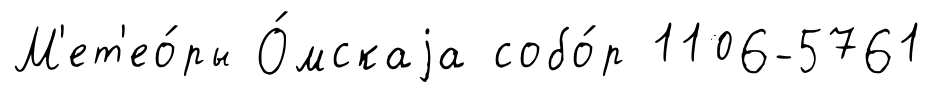
М'ет'ео́ры О́мскаjа собо́р 1106-5761